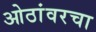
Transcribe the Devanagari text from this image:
ओठांवरचा